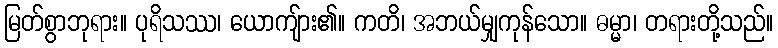
မြတ်စွာဘုရား။ ပုရိသဿ၊ ယောကျ်ား၏။ ကတိ၊ အဘယ်မျှကုန်သော။ ဓမ္မာ၊ တရားတို့သည်။